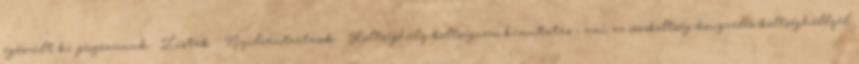
egészült ki programunk. Listák Nyilvántartások Költséghely-költségnem kimutatás , ami az összköltség-könyvelés költséghellyel